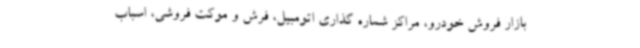
بازار فروش خودرو، مراکز شماره گذاری اتومبیل، فرش و موکت فروشی، اسباب